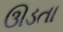
ઊડતા